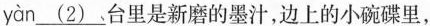
yàn \underline{(2)}。台里是新磨的墨汁，边上的小碗碟里，